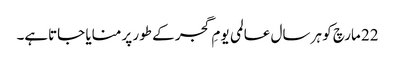
22 مارچ کو ہر سال عالمی یومِ گجر کے طور پر منایا جاتاہے۔